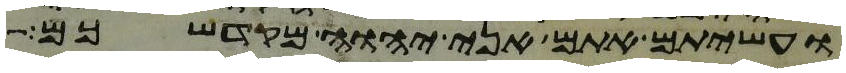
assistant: ועשיתם אתם אני יהוה מקדשכם